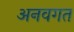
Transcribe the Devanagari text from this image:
अनवगत